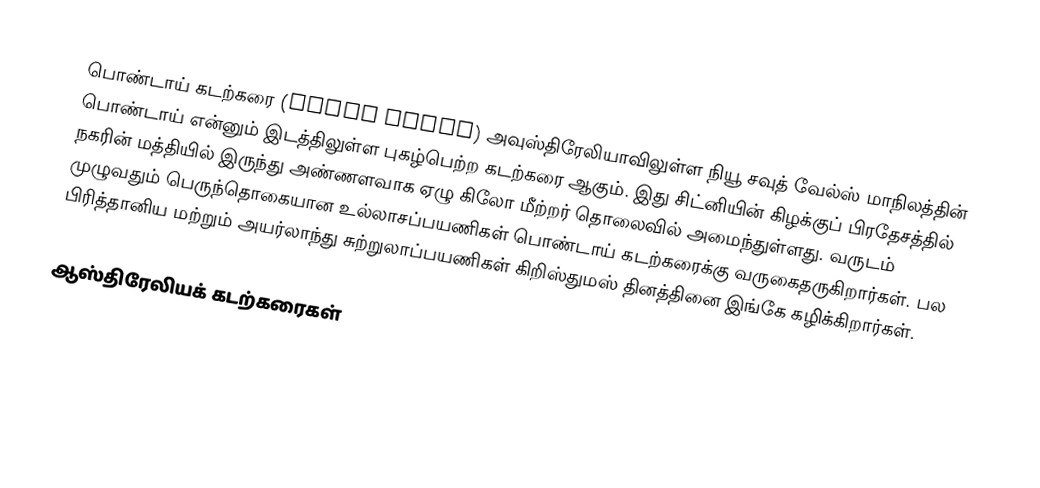
பொண்டாய் கடற்கரை (Bondi Beach) அவுஸ்திரேலியாவிலுள்ள நியூ சவுத் வேல்ஸ் மாநிலத்தின் பொண்டாய் என்னும் இடத்திலுள்ள புகழ்பெற்ற கடற்கரை ஆகும். இது சிட்னியின் கிழக்குப் பிரதேசத்தில் நகரின் மத்தியில் இருந்து அண்ணளவாக ஏழு கிலோ மீற்றர் தொலைவில் அமைந்துள்ளது. வருடம் முழுவதும் பெருந்தொகையான உல்லாசப்பயணிகள் பொண்டாய் கடற்கரைக்கு வருகைதருகிறார்கள். பல பிரித்தானிய மற்றும் அயர்லாந்து சுற்றுலாப்பயணிகள் கிறிஸ்துமஸ் தினத்தினை இங்கே கழிக்கிறார்கள்.

ஆஸ்திரேலியக் கடற்கரைகள்